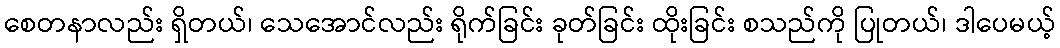
စေတနာလည်း ရှိတယ်၊ သေအောင်လည်း ရိုက်ခြင်း ခုတ်ခြင်း ထိုးခြင်း စသည်ကို ပြုတယ်၊ ဒါပေမယ့်